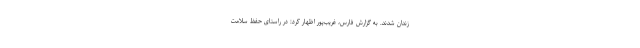
زندان شدند. به گزارش فارس، غریب‌پور اظهار کرد: در راستای حفظ سلامت